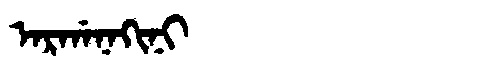
Manchu: ᠠᡵᡤᠠᠨᠠᡴᡳᠨᡳ
Romanization: ARGANAKINI